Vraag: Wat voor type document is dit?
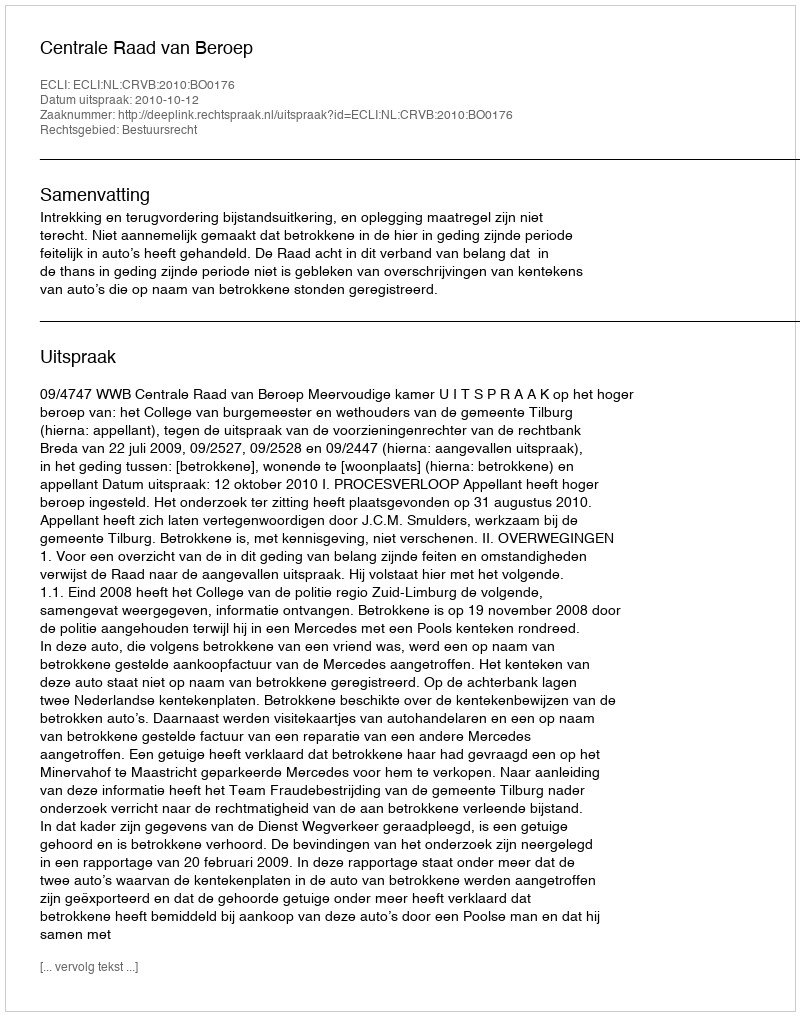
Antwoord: Uitspraak